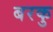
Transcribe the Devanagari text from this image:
बरकु